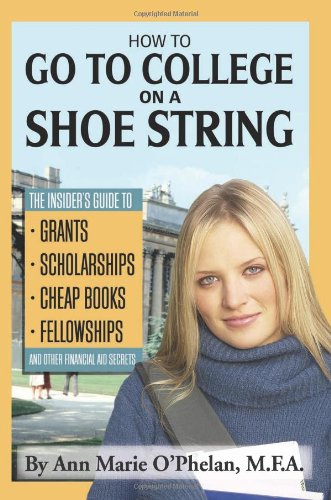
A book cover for How to Go to College on a Shoe String: The Insider's Guide to Grants, Scholarships, Cheap Books, Fellowships, and Other Financial Aid Secrets; Ann Marie O'Phelan; Education & Teaching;